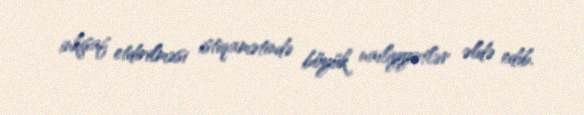
inkişaf etdirilməsi istiqamətində böyük nailiyyətlər əldə edib.